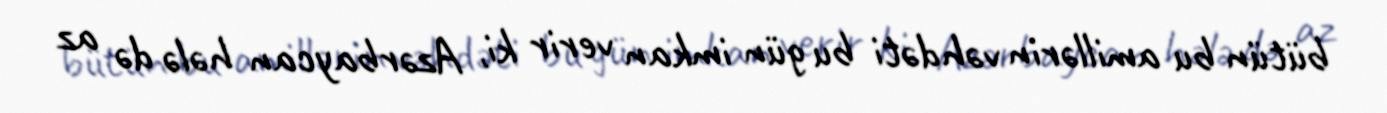
bütün bu amillərin vəhdəti bu gün imkan verir ki, Azərbaycan hələ də az